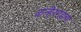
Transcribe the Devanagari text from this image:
कन्हेरगडाचा